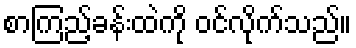
စာကြည့်ခန်းထဲကို ဝင်လိုက်သည်။